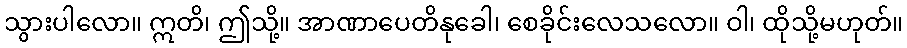
သွားပါလော။ ဣတိ၊ ဤသို့။ အာဏာပေတိနုခေါ၊ စေခိုင်းလေသလော။ ဝါ၊ ထိုသို့မဟုတ်။